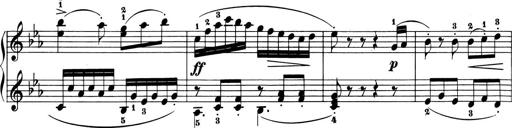
Title: 6 Piano Sonatinas
Composer: Cornelius Gurlitt